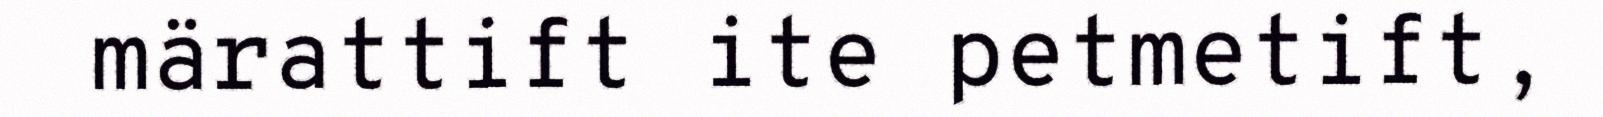
märattift ite petmetift,